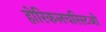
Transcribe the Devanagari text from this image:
होरिकलचरिस्टओ